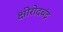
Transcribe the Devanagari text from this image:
क्षीरोदचंद्र